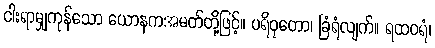
ငါးရာမျှကုန်သော ယောနကအမတ်တို့ဖြင့်။ ပရိဝုတော၊ ခြံရံလျက်။ ရထဝရံ၊